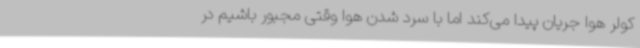
کولر هوا جریان پیدا می‌کند اما با سرد شدن هوا وقتی مجبور باشیم در